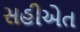
સહીએત